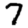
Digit: 7